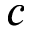
c